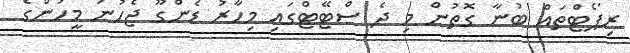
ރިޕޯޓްތައް ބުނާ ގޮތުން މި ދެ ސްޓޭޓްގައި މިހާރު ޑެންގޫ ޖެހުނު މީހުންގެ